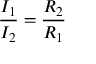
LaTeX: { \frac { I _ { 1 } } { I _ { 2 } } } = { \frac { R _ { 2 } } { R _ { 1 } } }